Annual report on the Civil Veterinary Department, Burma (including the Insein Veterinary School) - 1923-1931
Year: 1923
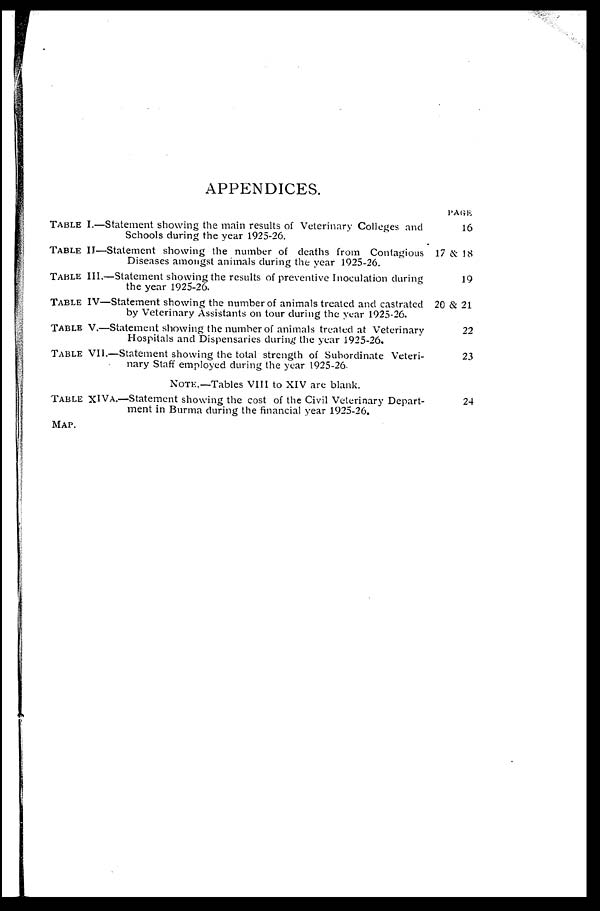
APPENDICES.
TABLE I.—Statement showing the main results of Veterinary Colleges and
Schools during the year 1925-26.
TABLE II—Statement showing the number of deaths from Contagious
Diseases amongst animals during the year 1925-26.
TABLE III.—Statement showing the results of preventive Inoculation during
the year 1925-26.
TABLE IV—Statement showing the number of animals treated and castrated
by Veterinary Assistants on tour during the year 1925-26.
TABLE V.—Statement showing the number of animals treated at Veterinary
Hospitals and Dispensaries during the year 1925-26.
TABLE VII.—Statement showing the total strength of Subordinate Veteri-
nary Staff employed during the year 1925-26.
NOTE.—Tables VIII to XIV are blank.
TABLE XIVa.—Statement showing the cost of the Civil Veterinary Depart-
ment in Burma during the financial year 1925-26.
MAP.
PAGE
16
17 & 18
19
20 & 21
22
23
24